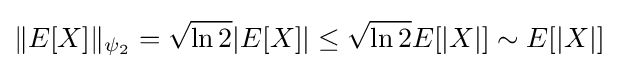
\|E[X]\|_{\psi _{2}}={\sqrt {\ln 2}}|E[X]|\leq {\sqrt {\ln 2}}E[|X|]\sim E[|X|]